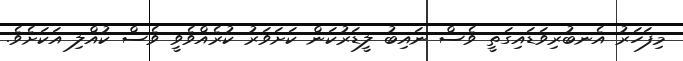
މިފަހަރު އެނބުރިވަޑައިގަތީ ވެސް ނައިބު ލީޑަރުކަން ކަށަވަރު ކުރެއްވެވީ ވެސް ކުއްލި އަކަށެވެ.